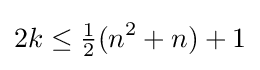
2k\leq {\tfrac {1}{2}}(n^{2}+n)+1